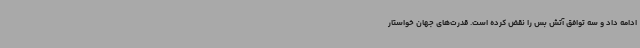
ادامه داد و سه توافق آتش بس را نقض کرده است. قدرت‌های جهان خواستار